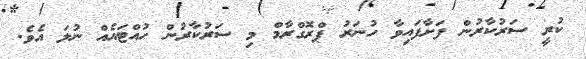
ކުރީ ސަރުކާރުން ފަށާފައިވާ ހުނަރު ޕްރޮގްރާމް މި ސަރުކާރުން ހުއްޓައެއް ނުލަ އެވެ.